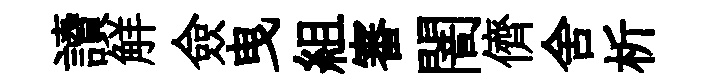
讀觧僉曳組審闇儕舍析